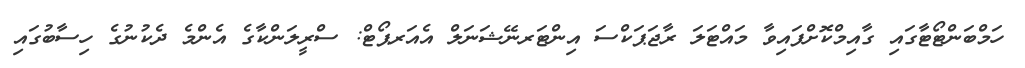
ހަމްބަންޓޯޓާގައި ގާއިމްކޮށްފައިވާ މައްޓަލަ ރާޖަޕަކްސަ އިންޓަރނޭޝަނަލް އެއަރޕޯޓް: ސްރީލަންކާގެ އެންމެ ދެކުނުގެ ހިސާބުގައި